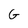
Character: G